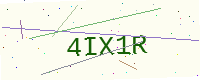
Text: 4IX1R